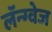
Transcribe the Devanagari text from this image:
लॅन्ग्वेज